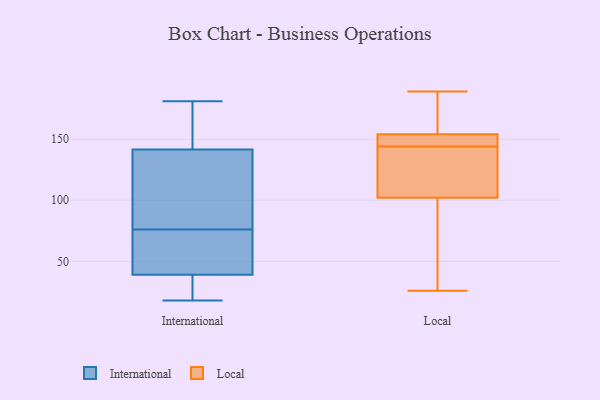
{"axis": {"x": "Backlog", "y": "Value"}, "legend": ["International", "Local"], "data": [{"x": "", "y": 116, "type": "International"}, {"x": "", "y": 37, "type": "International"}, {"x": "", "y": 22, "type": "International"}, {"x": "", "y": 123, "type": "International"}, {"x": "", "y": 64, "type": "International"}, {"x": "", "y": 181, "type": "International"}, {"x": "", "y": 160, "type": "International"}, {"x": "", "y": 58, "type": "International"}, {"x": "", "y": 88, "type": "International"}, {"x": "", "y": 27, "type": "International"}, {"x": "", "y": 41, "type": "International"}, {"x": "", "y": 163, "type": "International"}, {"x": "", "y": 54, "type": "International"}, {"x": "", "y": 165, "type": "International"}, {"x": "", "y": 122, "type": "International"}, {"x": "", "y": 18, "type": "International"}, {"x": "", "y": 102, "type": "Local"}, {"x": "", "y": 26, "type": "Local"}, {"x": "", "y": 185, "type": "Local"}, {"x": "", "y": 143, "type": "Local"}, {"x": "", "y": 154, "type": "Local"}, {"x": "", "y": 115, "type": "Local"}, {"x": "", "y": 51, "type": "Local"}, {"x": "", "y": 189, "type": "Local"}, {"x": "", "y": 149, "type": "Local"}, {"x": "", "y": 145, "type": "Local"}]}